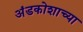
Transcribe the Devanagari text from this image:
अंडकोशाच्या